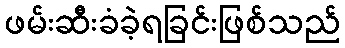
ဖမ်းဆီးခံခဲ့ရခြင်းဖြစ်သည်